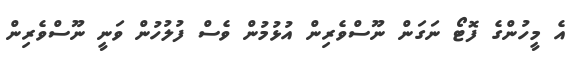
އެ މީހުންގެ ފޮޓޯ ނަގަން ނޫސްވެރިން އުޅުމުން ވެސް ފުލުހުން ވަނީ ނޫސްވެރިން